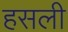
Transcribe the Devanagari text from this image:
हसली